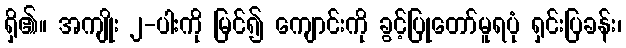
ရှိ၏။ အကျိုး ၂-ပါးကို မြင်၍ ကျောင်းကို ခွင့်ပြုတော်မူရပုံ ရှင်းပြခန်း၊